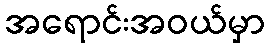
အရောင်းအဝယ်မှာ